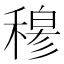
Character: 𥡆